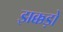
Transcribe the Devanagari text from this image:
झक्कड़ों